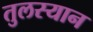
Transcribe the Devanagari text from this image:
तुलस्यान